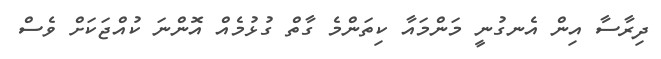
ދިރާސާ އިން އެނގުނީ މަންމައާ ކިތަންމެ ގާތް ގުޅުމެއް އޮންނަ ކުއްޖަކަށް ވެސް